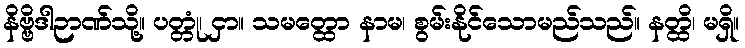
နိဗ္ဗိဒါဉာဏ်သို့။ ပတ္တုံ၊ ငှာ။ သမတ္ထော နာမ၊ စွမ်းနိုင်သောမည်သည်။ နတ္ထိ၊ မရှိ။